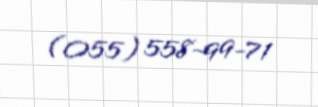
(055) 558-99-71